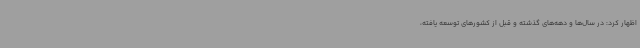
اظهار کرد: در سال‌ها و دهه‌های گذشته و قبل از کشورهای توسعه یافته،